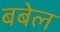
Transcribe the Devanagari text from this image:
बबेल